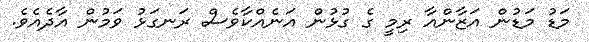
މަޑު މަޑުން އަޒާންއާ ރިމީ ގެ ގުޅުން އަނެއްކާވެސް ރަނގަޅު ވަމުން އާދެއެވެ.